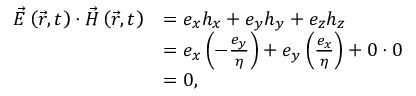
{ \begin{array} { r l } { { \vec { E } } \left( { \vec { r } } , t \right) \cdot { \vec { H } } \left( { \vec { r } } , t \right) } & { = e _ { x } h _ { x } + e _ { y } h _ { y } + e _ { z } h _ { z } } \\ & { = e _ { x } \left( - { \frac { e _ { y } } { \eta } } \right) + e _ { y } \left( { \frac { e _ { x } } { \eta } } \right) + 0 \cdot 0 } \\ & { = 0 , } \end{array} }